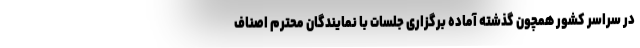
در سراسر کشور همچون گذشته آماده برگزاری جلسات با نمایندگان محترم اصناف